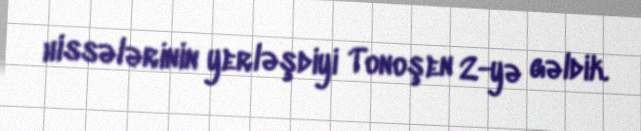
hissələrinin yerləşdiyi Tonoşen 2-yə gəldik.